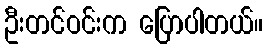
ဦးတင်ဝင်းက ပြောပါတယ်။